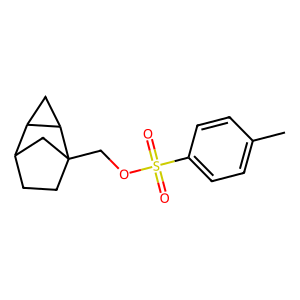
SMILES: Cc1ccc(S(=O)(=O)OCC23CCC(C2)C2CC23)cc1
Inhibits HIV replication: No